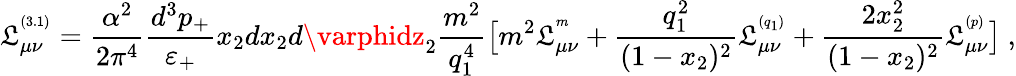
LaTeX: \mathfrak{L}_{\mu\nu}^{^{(3.1)}}=\frac{{\alpha^{2}}}{{2\pi^{4}}}\frac{{d^{3}p_{+}}}{{\varepsilon_{+}}}x_{2}dx_{2}d\varphidz_{2}\frac{{m^{2}}}{{q_{1}^{4}}}\bigl[m^{2}\mathfrak{L}_{\mu\nu}^{^{m}}+\frac{{q_{1}^{2}}}{{(1-x_{2})^{2}}}\mathfrak{L}_{\mu\nu}^{^{(q_{1})}}+\frac{{2x_{2}^{2}}}{{(1-x_{2})^{2}}}\mathfrak{L}_{\mu\nu}^{^{(p)}}\bigr]\ ,